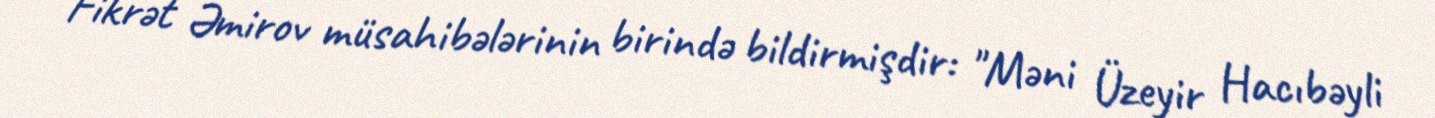
Fikrət Əmirov müsahibələrinin birində bildirmişdir: "Məni Üzeyir Hacıbəyli